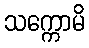
သက္ကောမိ